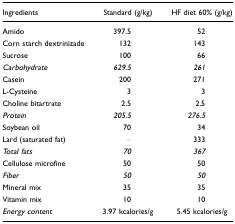
<table><thead><tr><td><b>Ingredients</b></td><td><b>Standard (g/kg)</b></td><td><b>HF diet 60% (g/kg)</b></td></tr></thead><tbody><tr><td>Amido</td><td>397.5</td><td>52</td></tr><tr><td>Corn starch dextrinizade</td><td>132</td><td>143</td></tr><tr><td>Sucrose</td><td>100</td><td>66</td></tr><tr><td><i>Carbohydrate</i></td><td><i>629.5</i></td><td><i>261</i></td></tr><tr><td>Casein</td><td>200</td><td>271</td></tr><tr><td>L-Cysteine</td><td>3</td><td>3</td></tr><tr><td>Choline bitartrate</td><td>2.5</td><td>2.5</td></tr><tr><td><i>Protein</i></td><td><i>205.5</i></td><td><i>276.5</i></td></tr><tr><td>Soybean oil</td><td>70</td><td>34</td></tr><tr><td>Lard (saturated fat)</td><td>–</td><td>333</td></tr><tr><td><i>Total fats</i></td><td><i>70</i></td><td><i>367</i></td></tr><tr><td>Cellulose microfine</td><td>50</td><td>50</td></tr><tr><td><i>Fiber</i></td><td><i>50</i></td><td><i>50</i></td></tr><tr><td>Mineral mix</td><td>35</td><td>35</td></tr><tr><td>Vitamin mix</td><td>10</td><td>10</td></tr><tr><td><i>Energy content</i></td><td>3.97 kcalories/g</td><td>5.45 kcalories/g</td></tr></tbody></table>